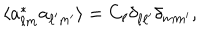
\langle a _ { \ell m } ^ { * } a _ { \ell ^ { \prime } m ^ { \prime } } \rangle = C _ { \ell } \delta _ { \ell \ell ^ { \prime } } \delta _ { m m ^ { \prime } } ,